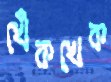
খেঁকখেক